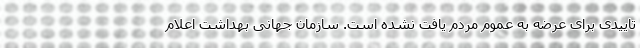
تاییدی برای عرضه به عموم مردم یافت نشده است. سازمان جهانی بهداشت اعلام